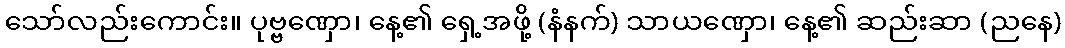
သော်လည်းကောင်း။ ပုဗ္ဗဏှော၊ နေ့၏ ရှေ့အဖို့ (နံနက်) သာယဏှော၊ နေ့၏ ဆည်းဆာ (ညနေ)